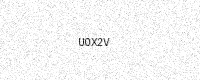
Text: U0X2V